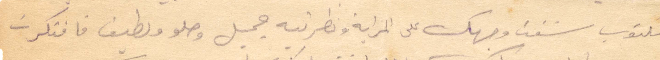
المكتوب شفت وجهك على المراية ونظريته جميل وحلو ولطيف فافتكرت